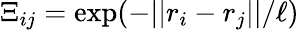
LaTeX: \Xi_{ij}=\exp(-||r_{i}-r_{j}||/\ell)